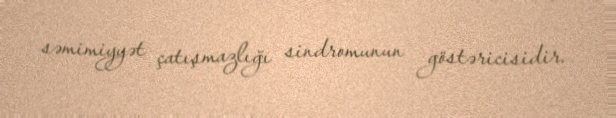
səmimiyyət çatışmazlığı sindromunun göstəricisidir.